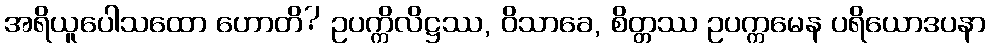
အရိယူပေါသထော ဟောတိ? ဥပက္ကိလိဋ္ဌဿ, ဝိသာခေ, စိတ္တဿ ဥပက္ကမေန ပရိယောဒပနာ